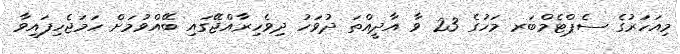
މިއަހަރުގެ ސެޕްޓެމްބަރ މަހުގެ 23 ވާ އާދީއްތަ ދުވަހު ދިވެހިރާއްޖޭގައި ބޭއްވުމަށް ހަމަޖެހިފައިވާ